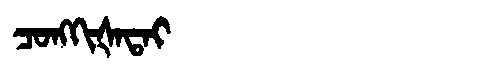
Manchu: ᠴᠣᠩᡴᡳᡧᠠᡨᠠᡳ
Romanization: CONGKIŠATAI